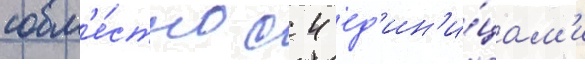
совм'е́стно с 4 ед'ин'и́цам'и